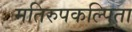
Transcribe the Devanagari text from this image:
मतिरुपकल्पिता